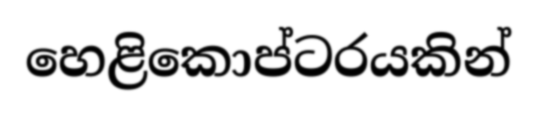
හෙළිකොප්ටරයකින්